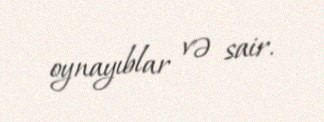
oynayıblar və sair.